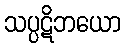
သပ္ပဋိဘယော